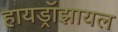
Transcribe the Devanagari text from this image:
हायड्रॉझायल